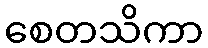
စေတသိကာ